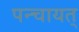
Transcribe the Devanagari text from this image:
पन्चायत्